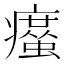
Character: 𤻠